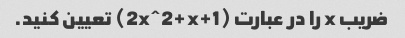
ضریب x را در عبارت (2x^2+x+1) تعیین کنید.